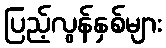
ပြည့်လွန်နှစ်များ